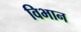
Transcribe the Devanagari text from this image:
विभान